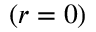
( r = 0 )